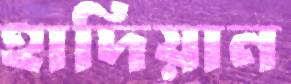
হাদিয়ান